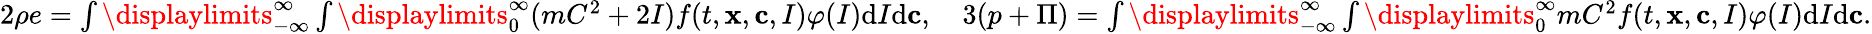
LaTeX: \begin{array}{r}{2\rho e=\int\displaylimits_{-\infty}^{\infty}\int\displaylimits_{0}^{\infty}(mC^{2}+2I)f(t,\mathbf x,\mathbf c,I)\varphi(I)\textrm{d}I\textrm{d}\mathbf c,\quad 3(p+\Pi)=\int\displaylimits_{-\infty}^{\infty}\int\displaylimits_{0}^{\infty}mC^{2}f(t,\mathbf x,\mathbf c,I)\varphi(I)\textrm{d}I\textrm{d}\mathbf c.}\end{array}